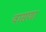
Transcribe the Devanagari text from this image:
वासणा